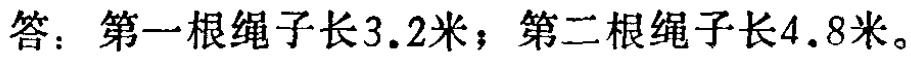
答：第一根绳子长\(3.2\)米；第二根绳子长\(4.8\)米。